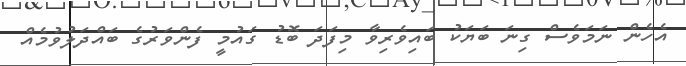
އެހެން ނަމަވެސް ގިނަ ބަޔަކު ބައިވެރިވާ މިފަދަ ބޮޑު ގައުމީ ފެންވަރުގެ ބައްދަލުވުމެއް